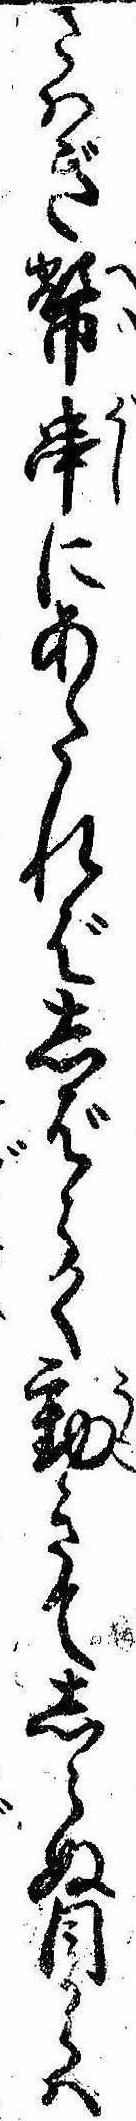
さはぎ幣串にあたればしばらく動きてしらぬ目からは